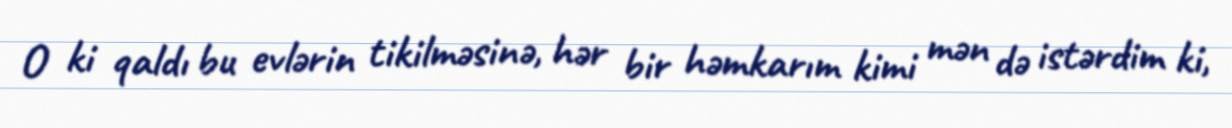
O ki qaldı bu evlərin tikilməsinə, hər bir həmkarım kimi mən də istərdim ki,